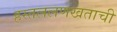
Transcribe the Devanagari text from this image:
हस्तललणखताची